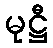
မုဋ္ဌီ